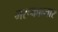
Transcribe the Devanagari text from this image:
मरूकान्तार